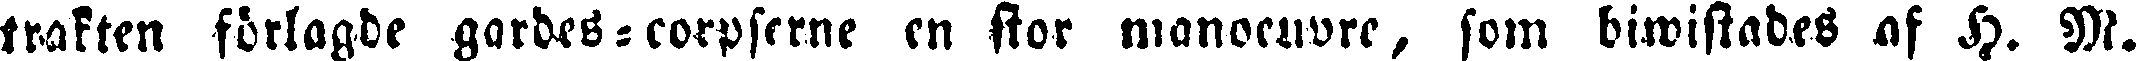
trakten förlagde gardes-corpswrne en stor manowuvre, som biwistades of H. W.